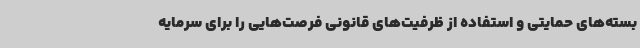
بسته‌های حمایتی و استفاده از ظرفیت‌های قانونی فرصت‌هایی را برای سرمایه